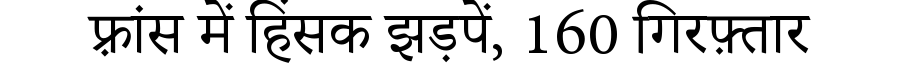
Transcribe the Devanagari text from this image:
फ़्रांस में हिंसक झड़पें, 160 गिरफ़्तार